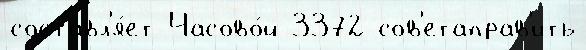
составл'я́ет Часово́й 3372 сов'етаправ'ить